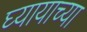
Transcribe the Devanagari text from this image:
घ्यायाच्या